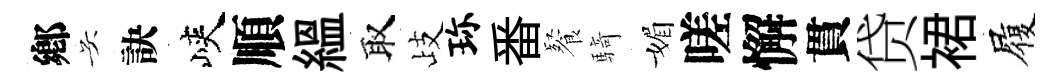
鄕吴訣峽順緼取歧珎番餐騎媚嗟懈貫贷裙履